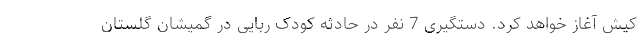
کیش آغاز خواهد کرد. دستگیری 7 نفر در حادثه کودک ربایی در گمیشان گلستان